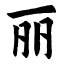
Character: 丽